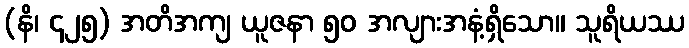
(နိ၊ ၄၂၅) အတိအကျ ယူဇနာ ၅၀ အလျားအနံ့ရှိသော။ သူရိယဿ